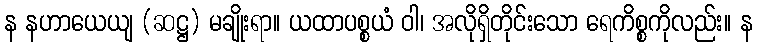
န နဟာယေယျ (ဆဋ္ဌ) မချိုးရာ။ ယထာပစ္စယံ ဝါ၊ အလိုရှိတိုင်းသော ရေကိစ္စကိုလည်း။ န